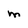
Character: M